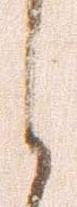
之